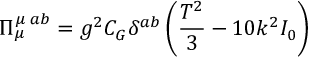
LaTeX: \Pi _ { \mu } ^ { \mu \; a b } = g ^ { 2 } C _ { G } \delta ^ { a b } \left( \frac { T ^ { 2 } } { 3 } - 1 0 k ^ { 2 } I _ { 0 } \right)